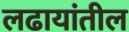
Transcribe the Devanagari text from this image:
लढायांतील